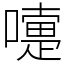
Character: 嚏